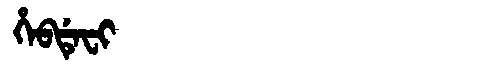
Manchu: ᡥᡝᠪᡩᡝᠸᡳ
Romanization: HEBDEFI